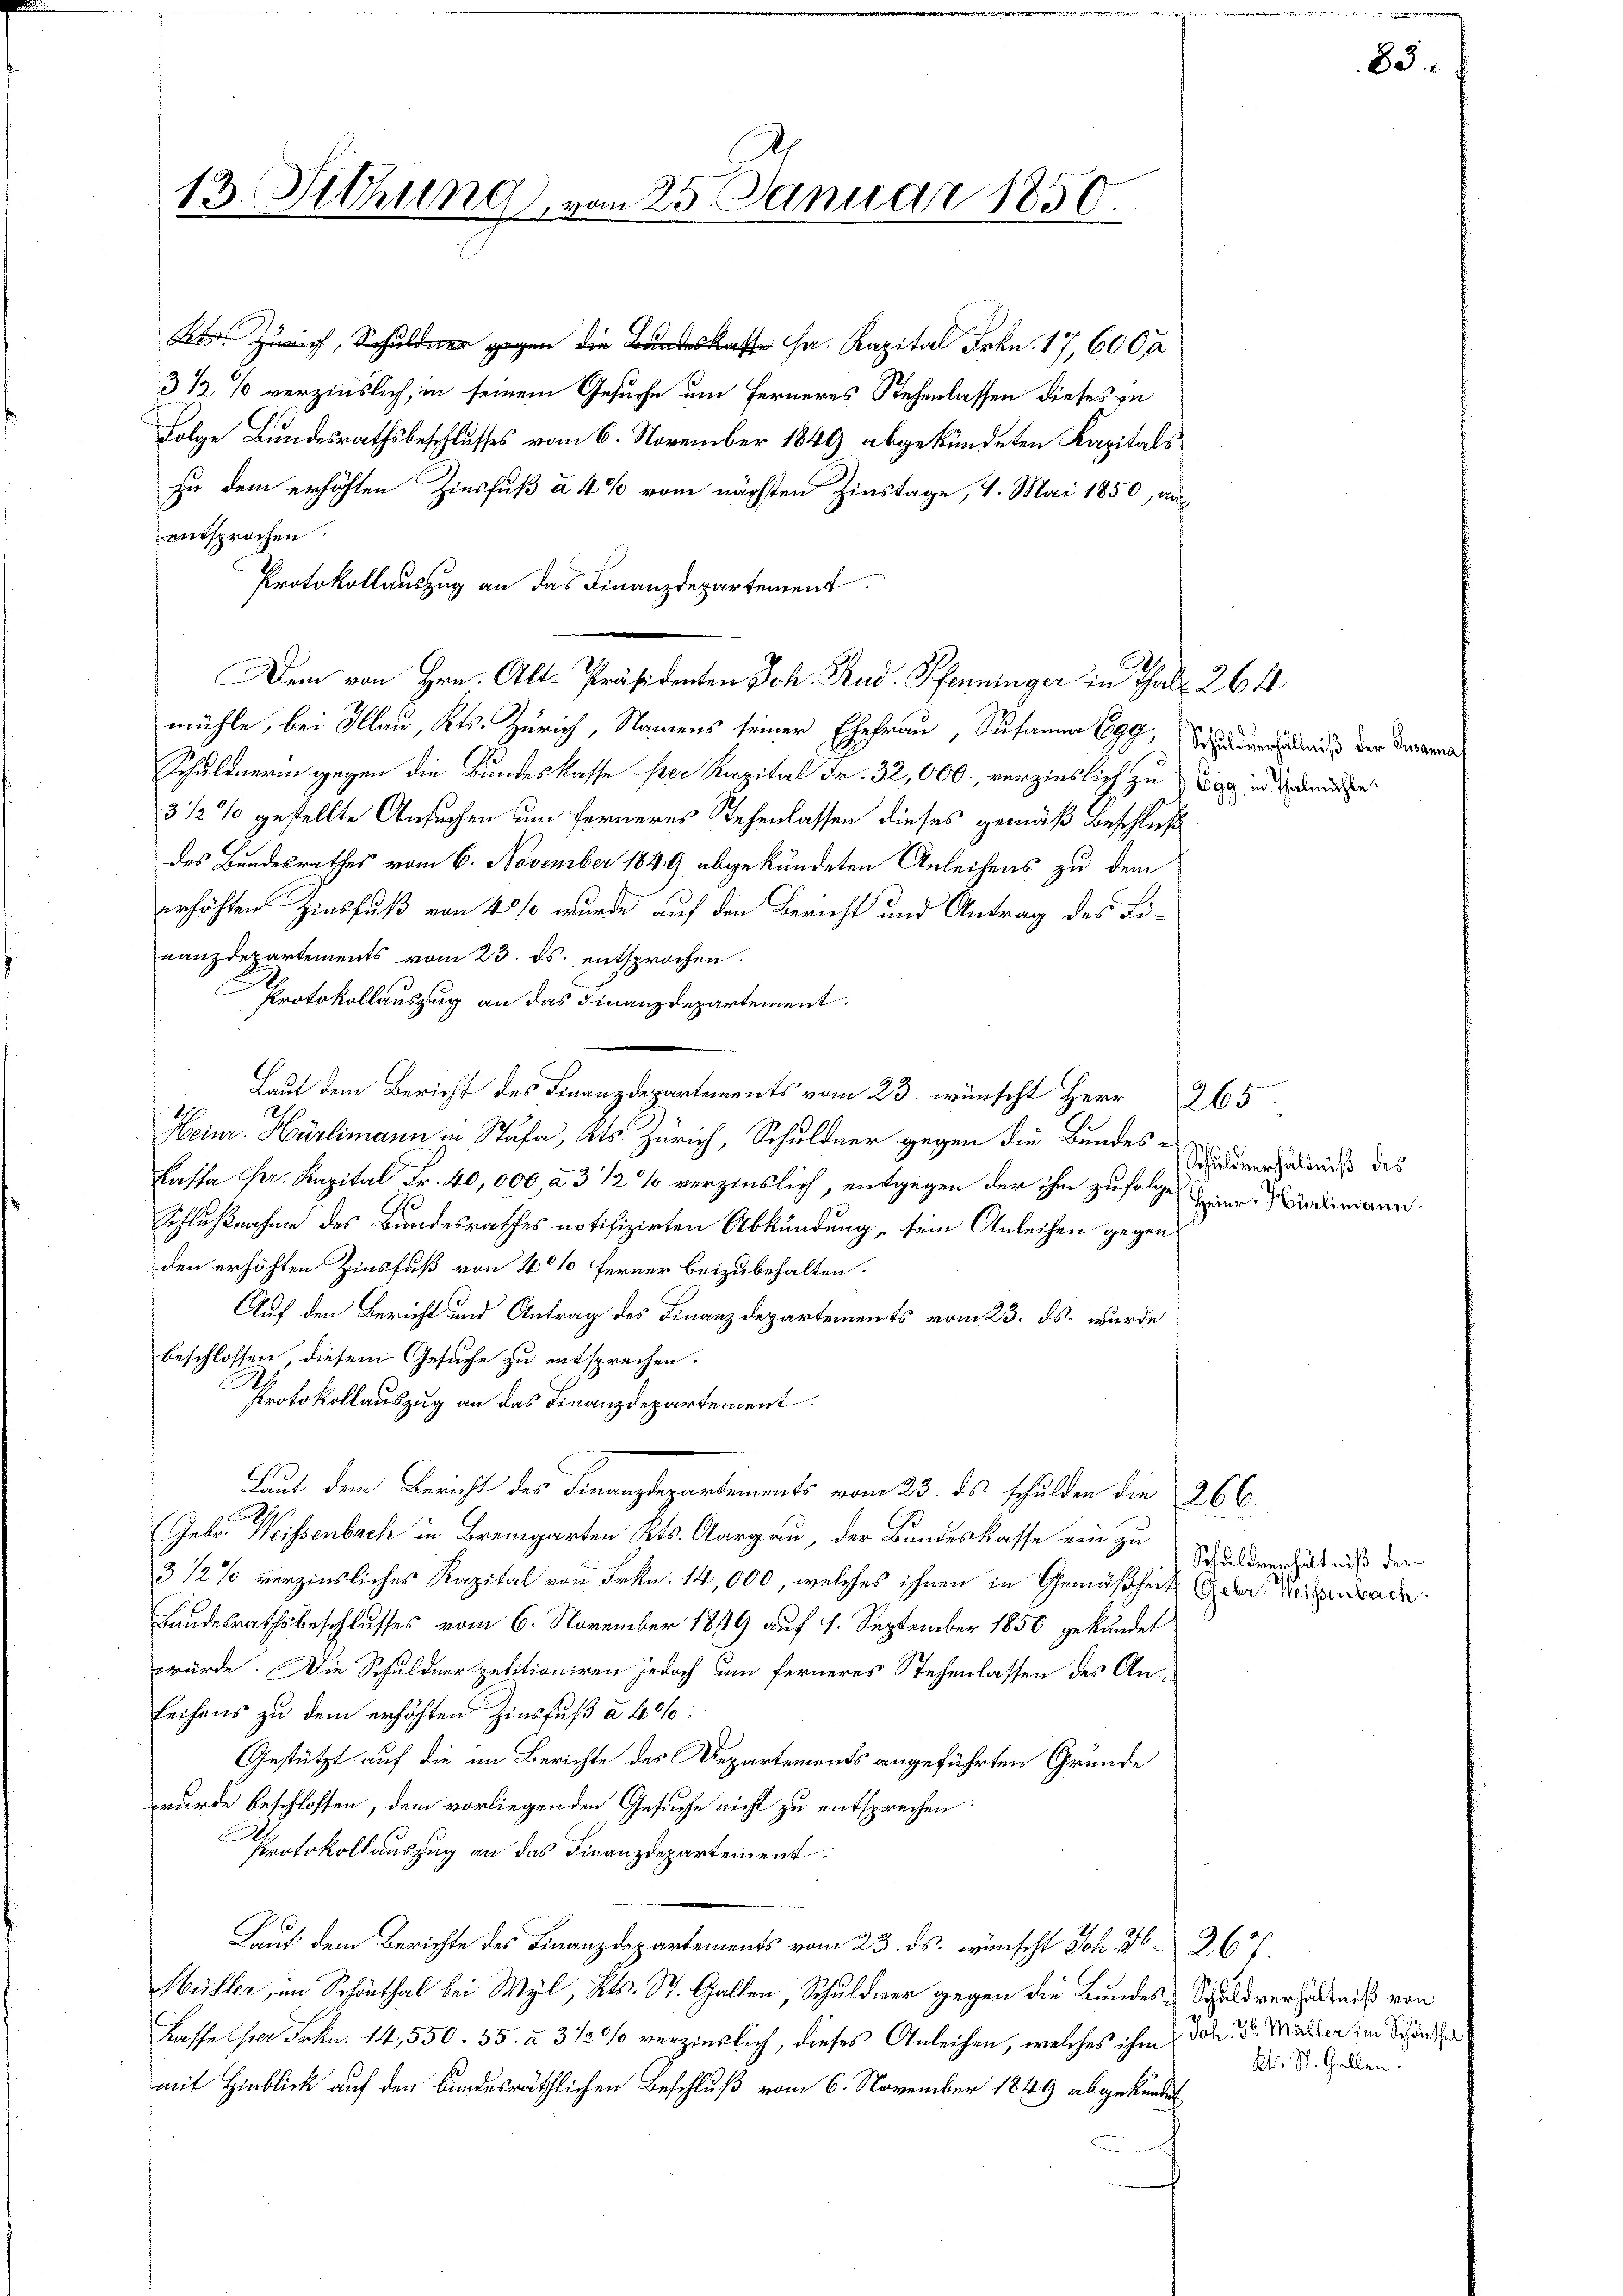
13. Sitzung vom 25. Januar 1850.

h, Schuld gegen die Bundeskasse u. Kapital Frkn. 17,600 f
3 1/2 % verzinslich, in seinem Gesuche um Ferneres Stehenlassen dieses in
Folge Bundesrathsbeschlusses vom 6. November 1849 abgekündeten Kapitals
zu dem erhöhten Zinsfuß à 4% vom nächsten Zinstage, 1. Mai 1850, auf
entsprochen.
Protokollauszug an das Finanzdepartement
Dem von Hrn. Alt-Präsidenten Joh. Rud. Pfenninger in Thal. 264.
mühle, bei Illau, Kts. Zürich, Namens seiner Ehefrau Susanna 699, verniß der Drama¬
Schuldnerin gegen die Bundeskasse ser Kapital Fr. 32,000, verzinslich zu Tag in den
3 1/2 % gestellte Ansuchen um ferneres Stehenlassen dieses gemäß Beschluß
des Bundesrathes vom 6. November 1849 abgekündeten Anleihens zu dem
erhöhten Zinsfuß von 40% wurde auf den Bericht und Antrag des Linanzdepartements vom 23. ds. entsprochen.
Protokollauszug an das Finanzdepartement.
Laut dem Bericht des Finanzdepartements vom 23. wünscht Herr 265.
21.
Heinr. Hürlimann in Stäfa, Kts. Zürich, Schuldner gegen die Bundes-
Kassa pr. Kapital Fr. 40,000, à 3 1/2 % verzinslich, entgegen der ihm zufolge einer Windmann
Schlußnahme des Bundesrathes notifizirten Abkündung sein Anleihen gegen
den erhöhten Zinsfuß von 4 % Ferner beizubehalten.
Auf den Bericht und Antrag des Finanzdepartements vom 23. ds. wurde
beschlossen, diesem Gesuche zu entsprechen.
Protokollauszug an das Finanzdepartement.
Laut dem Bericht des Finanzdepartements vom 23. ds schulden die 266.
Gebr. Weissenbach in Bremgarten Kts. Aargau, der Bundeskasse ein zu
3 1/2% verzinsliches Kapital von Frkn. 14,000, welches ihnen in Gemäßheit Gebr. Weisenbade
Landesrathsbeschlusses vom 6. November 1849 auf 1. September 1850 gekündet
würde. Die Schuldner petitioniren jedoch um ferneres Stehenlassen des An¬
Leihens zu dem erhöhten Zinsfuß à 406:
Gestützt auf die im Berichte des Departements angeführten Grunde
wurde beschlossen, dem vorliegenden Gesuche nicht zu entsprechen:
Protokollauszug an das Finanzdepartement
Lauf dem Berichte des Finanzdepartements vom 23. ds. wünscht Joh. H. 267.
Müller, im Schönthal bei Wyl, Kts. St. Gallen, Schuldner gegen die Bundes-Schuldverhältniß von
Kasse ister Frkn. 14,550. 55. à 3 1/2% verzinslich, dieses Anleihen, welches ihm den der Mitter im Schöne
mit Hinblick auf den Bundesräthlichen Beschluß vom 6. November 1849 abgekündet

85

Schuldverhältniß des

Schuldverhältniß der

Kl. St. Gallen.